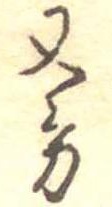
又方